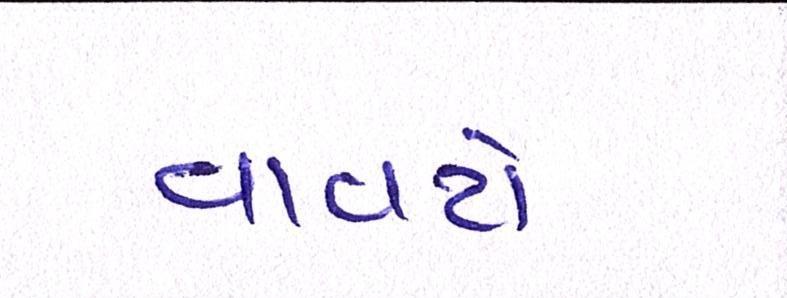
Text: વાવટો